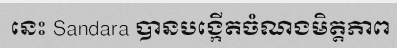
នេះ Sandara បានបង្កើតចំណងមិត្តភាព